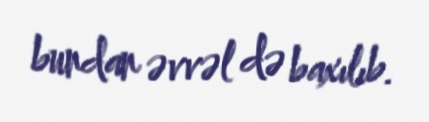
bundan əvvəl də baxılıb.